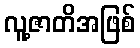
လူ့ဇာတိအဖြစ်